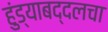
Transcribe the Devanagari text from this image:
हुंड्याबद्दलचा